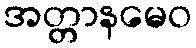
အတ္တာနမေဝ